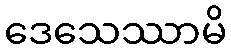
ဒေသေဿာမိ